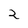
Character: 2